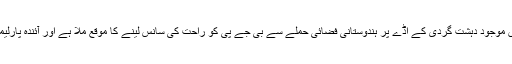
پاکستان کے بہت ہی اندرونی علاقے میں موجود دہشت گردی کے اڈے پر ہندوستانی فضائی حملے سے بی جے پی کو راحت کی سانس لینے کا موقع ملا ہے اور آئندہ پارلیمانی انتخابات جیتنے کی راہ آسان ہوگئی۔